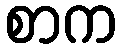
စာက